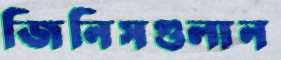
জিনিসগুলান